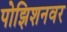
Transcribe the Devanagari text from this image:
पोझिशनवर